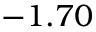
- 1 . 7 0